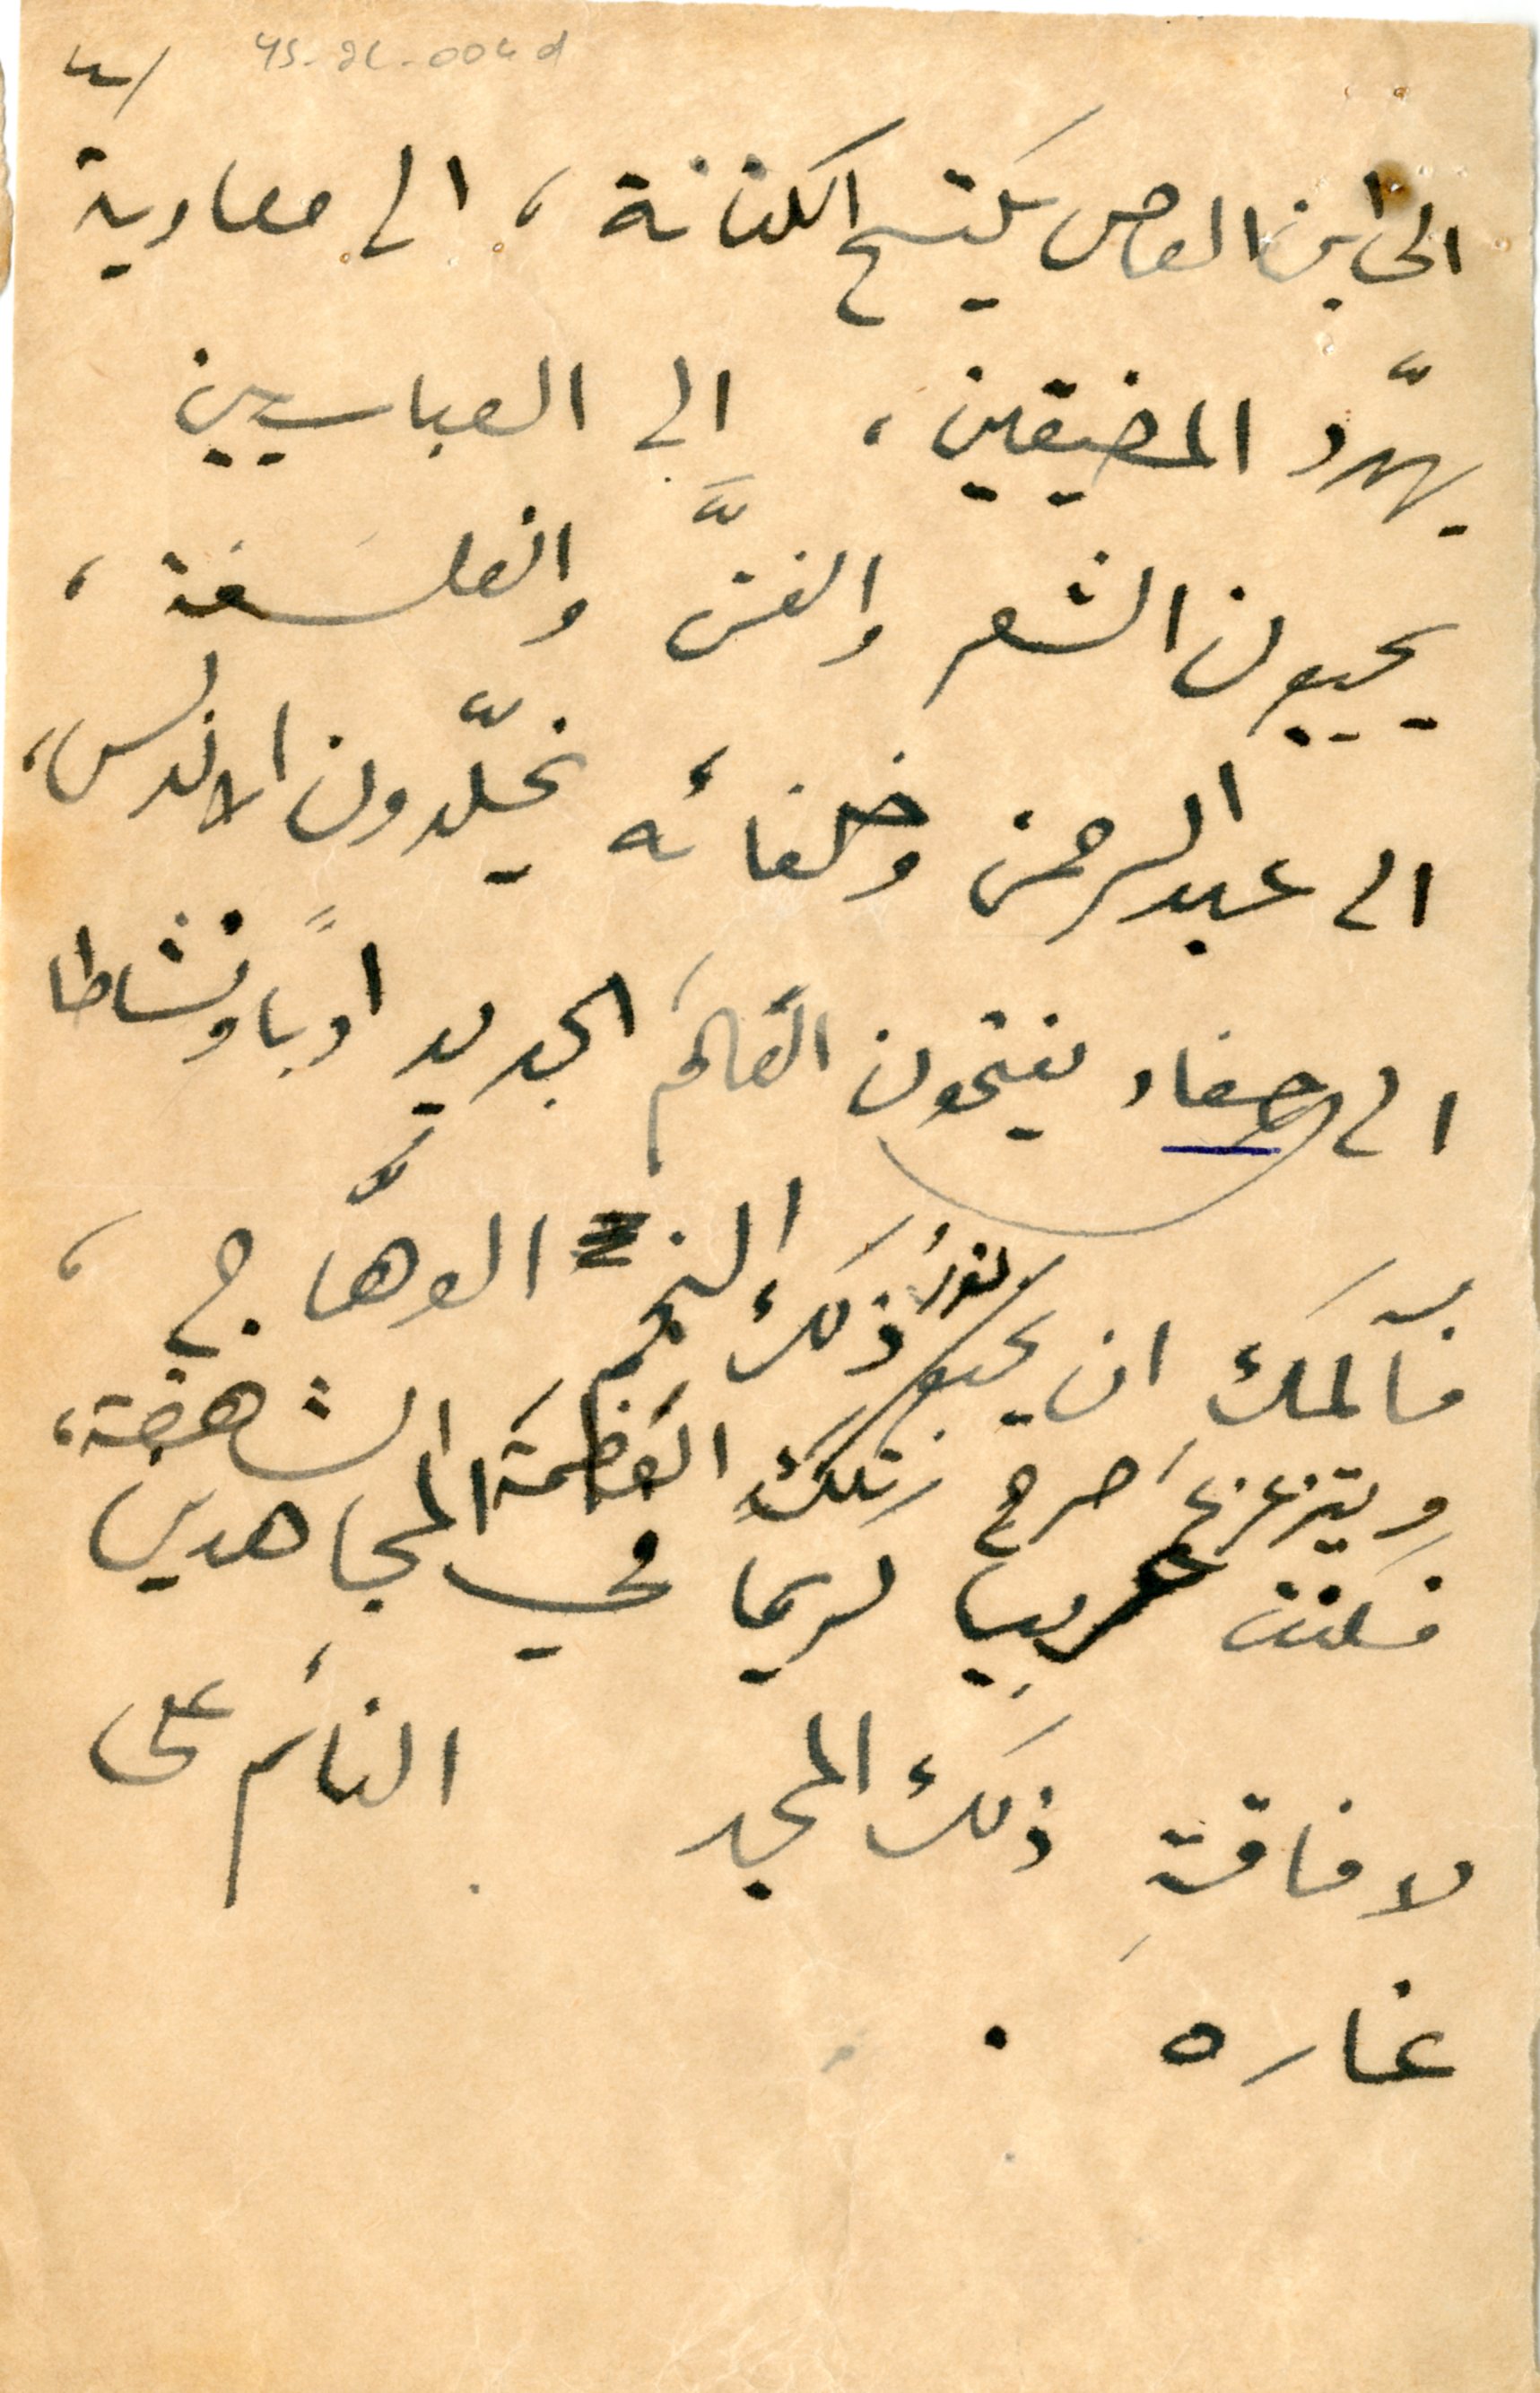
٤	YS_2C_004d
الى ابن العاص يَكتسح الكنانة، الى معاوية
يهدّد المضيقين، الى العباسيين
يحييون الشعر والفنَّ والفلسفة،
الى عبد الرحمن وخلفائه يخلّدون الاندلس،
الى احفاد يفتحون العَالمَ الجديد ادباً ونشاطا
فآلمك ان يخبو نورُ ذلك النجم الوهَّاج،
ويتزعزعَ صرح تلك العَظمةَ الشاهقة،
فكنت غريبا كريماً في المجاهدين
لافاقةِ ذلك المجد النائم على
غاره.